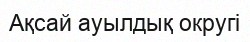
Ақсай ауылдық округі